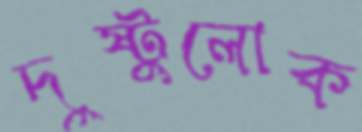
দুষ্টুলোক